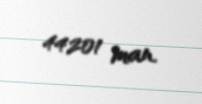
44201 man.